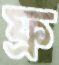
ফ্র